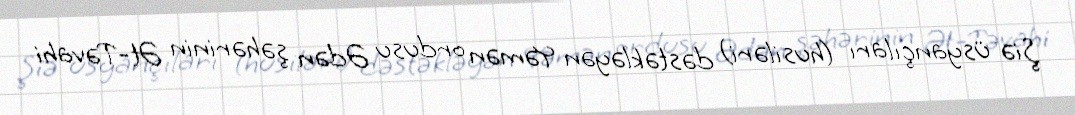
Şiə üsyançıları (husiləri) dəstəkləyən Yəmən ordusu Ədən şəhərinin Ət-Təvahi